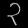
Digit: ၃